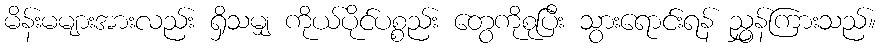
မိန်းမများအားလည်း ရှိသမျှ ကိုယ်ပိုင်ပစ္စည်း တွေကိုစုပြီး သွားရောင်းရန် ညွှန်ကြားသည်။